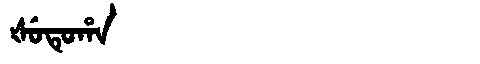
Manchu: ᡧᡠᡨᡠᡥᠠ
Romanization: ŠUTUHA